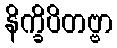
နိက္ခိပိတဗ္ဗာ